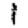
Digit: 1